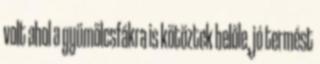
volt ahol a gyümölcsfákra is kötöztek belőle, jó termést